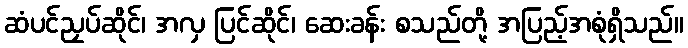
ဆံပင်ညှပ်ဆိုင်၊ အလှ ပြင်ဆိုင်၊ ဆေးခန်း စသည်တို့ အပြည့်အစုံရှိသည်။